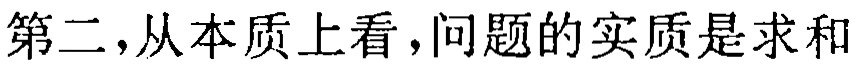
第二，从本质上看，问题的实质是求和